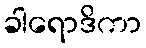
ခါရောဒိကာ